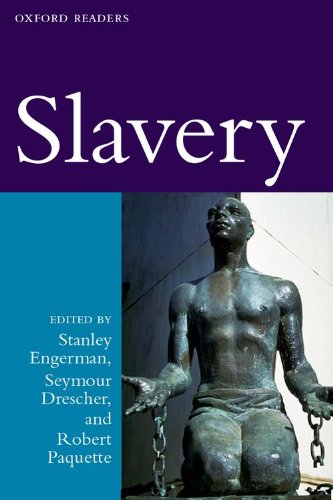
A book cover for Slavery (Oxford Readers); History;